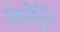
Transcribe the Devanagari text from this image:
क्वेंगे